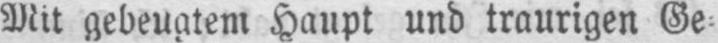
Mit gebeugtem Haupt und traurigen Ge⸗